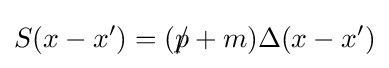
S(x-x')=(p\!\!\!/+m)\Delta (x-x')